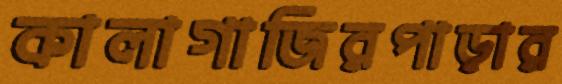
কালাগাজিরপাড়ার